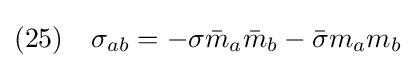
(25)\quad \sigma _{ab}=-\sigma {\bar {m}}_{a}{\bar {m}}_{b}-{\bar {\sigma }}m_{a}m_{b}